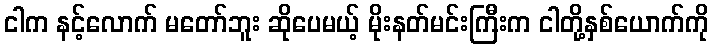
ငါက နင့်လောက် မတော်ဘူး ဆိုပေမယ့် မိုးနတ်မင်းကြီးက ငါတို့နှစ်ယောက်ကို